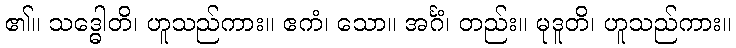
၏။ သဒ္ဓေါတိ၊ ဟူသည်ကား။ ဧကံ၊ သော။ အင်္ဂံ၊ တည်း။ မုဒူတိ၊ ဟူသည်ကား။